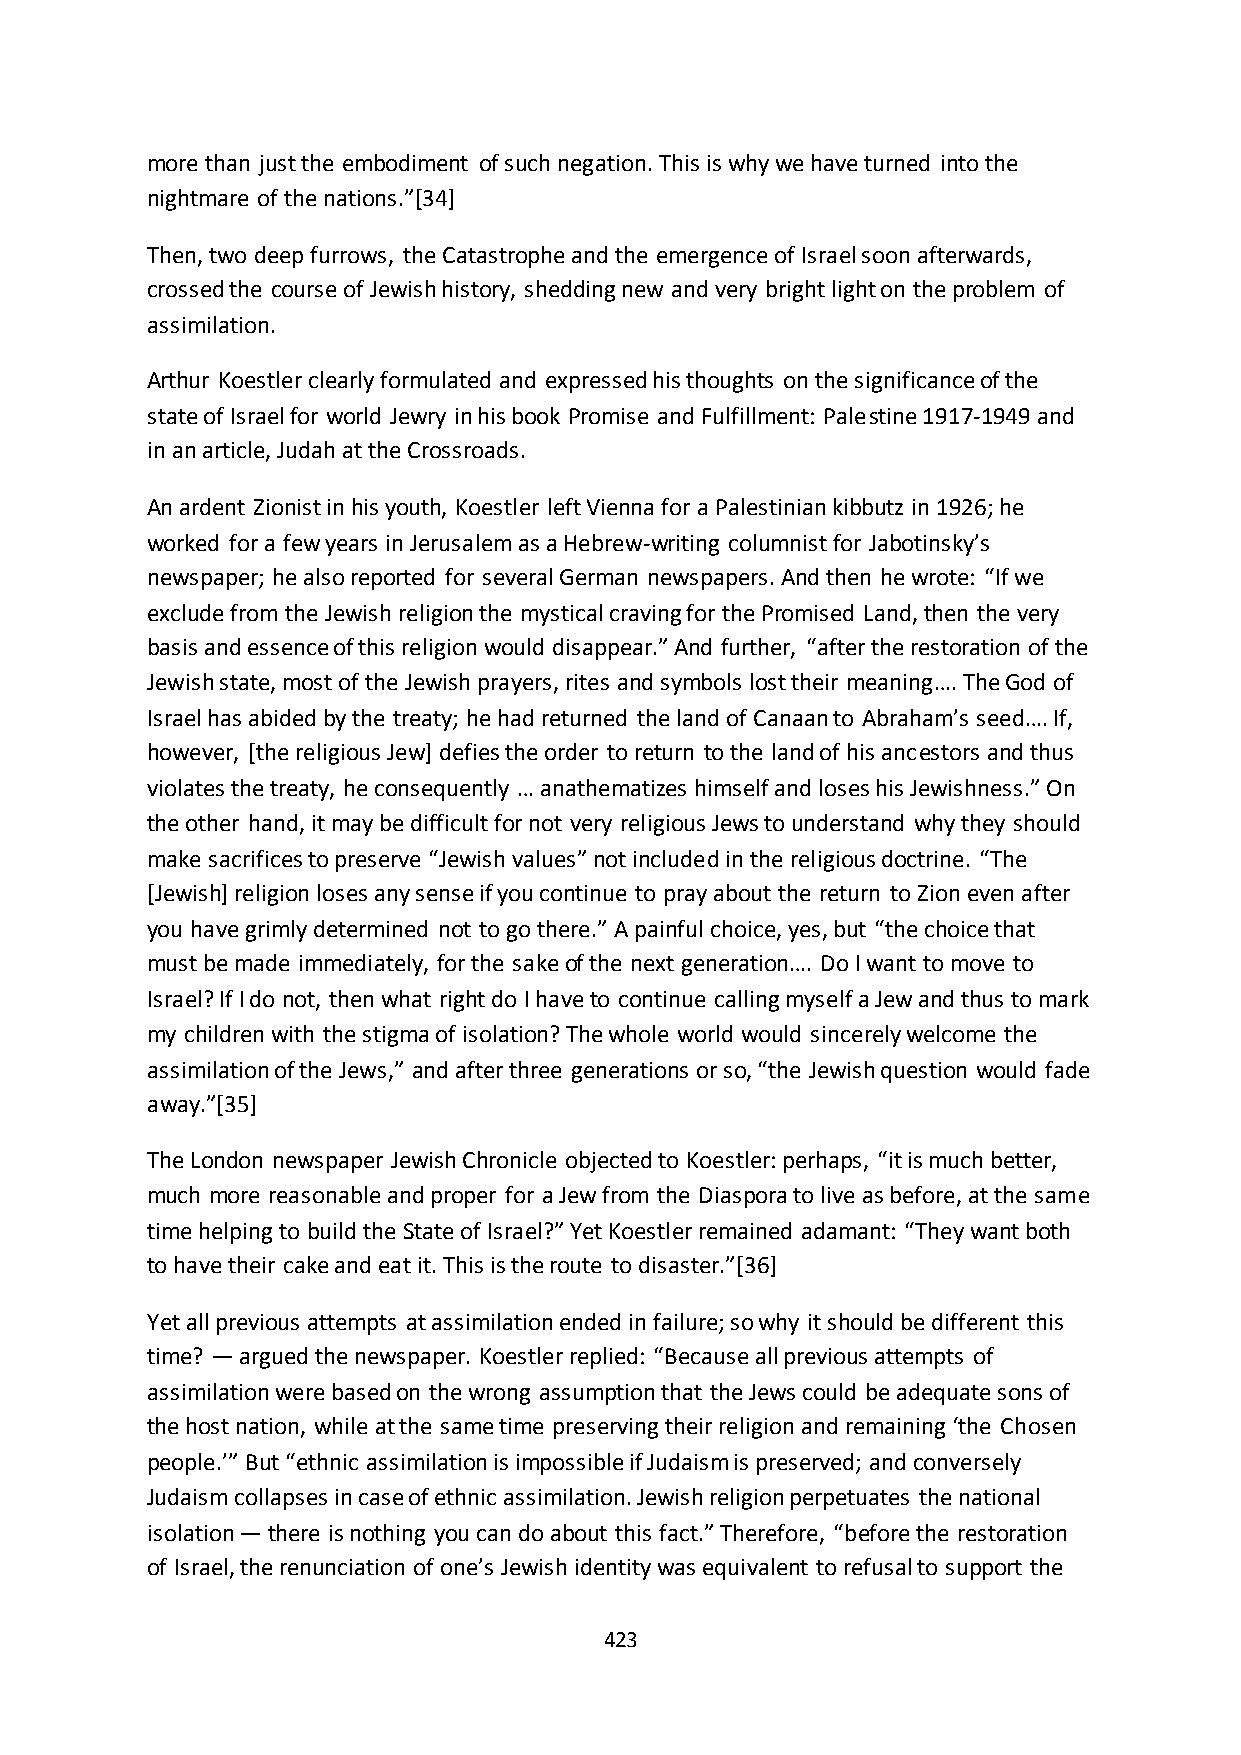
more than just the embodiment of such negation. This is why we have turned into the
 nightmare of the nations.”*34+
 Then, two deep furrows, the Catastrophe and the emergence of Israel soon afterwards,
 crossed the course of Jewish history, shedding new and very bright light on the problem of
 assimilation.
 Arthur Koestler clearly formulated and expressed his thoughts on the significance of the
 state of Israel for world Jewry in his book Promise and Fulfillment: Palestine 1917-1949 and
 in an article, Judah at the Crossroads.
 An ardent Zionist in his youth, Koestler left Vienna for a Palestinian kibbutz in 1926; he
 worked for a few years in Jerusalem as a Hebrew-writing columnist for Jabotinsky’s
 newspaper; he also reported for several German newspapers. And then he wrote: “If we
 exclude from the Jewish religion the mystical craving for the Promised Land, then the very
 basis and essence of this religion would disappear.” And further, “after the restoration of the
 Jewish state, most of the Jewish prayers, rites and symbols lost their meaning…. The God of
 Israel has abided by the treaty; he had returned the land of Canaan to Abraham’s seed…. If,
 however, [the religious Jew] defies the order to return to the land of his ancestors and thus
 violates the treaty, he consequently … anathematizes himself and loses his Jewishness.” On
 the other hand, it may be difficult for not very religious Jews to understand why they should
 make sacrifices to preserve “Jewish values” not included in the religious doctrine. “The
 [Jewish] religion loses any sense if you continue to pray about the return to Zion even after
 you have grimly determined not to go there.” A painful choice, yes, but “the choice that
 must be made immediately, for the sake of the next generation…. Do I want to move to
 Israel? If I do not, then what right do I have to continue calling myself a Jew and thus to mark
 my children with the stigma of isolation? The whole world would sincerely welcome the
 assimilation of the Jews,” and after three generations or so, “the Jewish question would fade
 away.”*35+
 The London newspaper Jewish Chronicle objected to Koestler: perhaps, “it is much better,
 much more reasonable and proper for a Jew from the Diaspora to live as before, at the same
 time helping to build the State of Israel?” Yet Koestler remained adamant: “They want both
 to have their cake and eat it. This is the route to disaster.”*36+
 Yet all previous attempts at assimilation ended in failure; so why it should be different this
 time? — argued the newspaper. Koestler replied: “Because all previous attempts of
 assimilation were based on the wrong assumption that the Jews could be adequate sons of
 the host nation, while at the same time preserving their religion and remaining ‘the Chosen
 people.’” But “ethnic assimilation is impossible if Judaism is preserved; and conversely
 Judaism collapses in case of ethnic assimilation. Jewish religion perpetuates the national
 isolation — there is nothing you can do about this fact.” Therefore, “before the restoration
 of Israel, the renunciation of one’s Jewish identity was equivalent to refusal to support the
 423